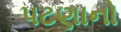
પટણાનો